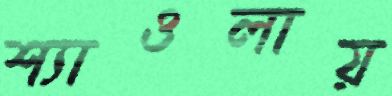
শ্যাওলায়